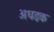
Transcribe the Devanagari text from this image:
अधइक